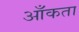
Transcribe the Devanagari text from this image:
आँकता